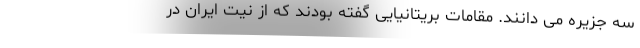
سه جزیره می دانند. مقامات بریتانیایی گفته بودند که از نیت ایران در